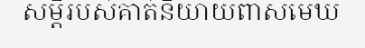
សម្តីរបស់គាត់និយាយពាសមេឃ